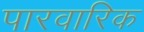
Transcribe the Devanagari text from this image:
पारवारिक